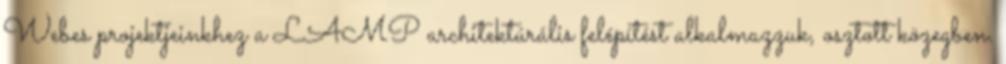
Webes projektjeinkhez a LAMP architektúrális felépítést alkalmazzuk, osztott közegben.